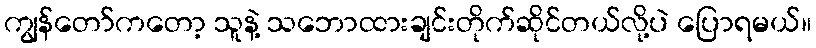
ကျွန်တော်ကတော့ သူနဲ့ သဘောထားချင်းတိုက်ဆိုင်တယ်လို့ပဲ ပြောရမယ်။